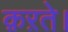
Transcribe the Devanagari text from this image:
क़ऱते।